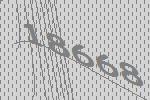
18668